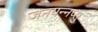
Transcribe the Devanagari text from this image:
जनयन्नप्सु